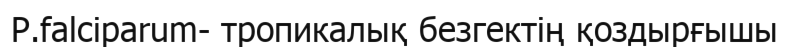
P.falciparum- тропикалық безгектің қоздырғышы